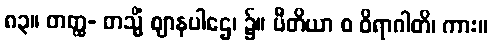
၈၃။ တတ္ထ- တသ္မိံ ဈာနပါဌေ၊ ၌။ ပီတိယာ စ ဝိရာဂါတိ၊ ကား။